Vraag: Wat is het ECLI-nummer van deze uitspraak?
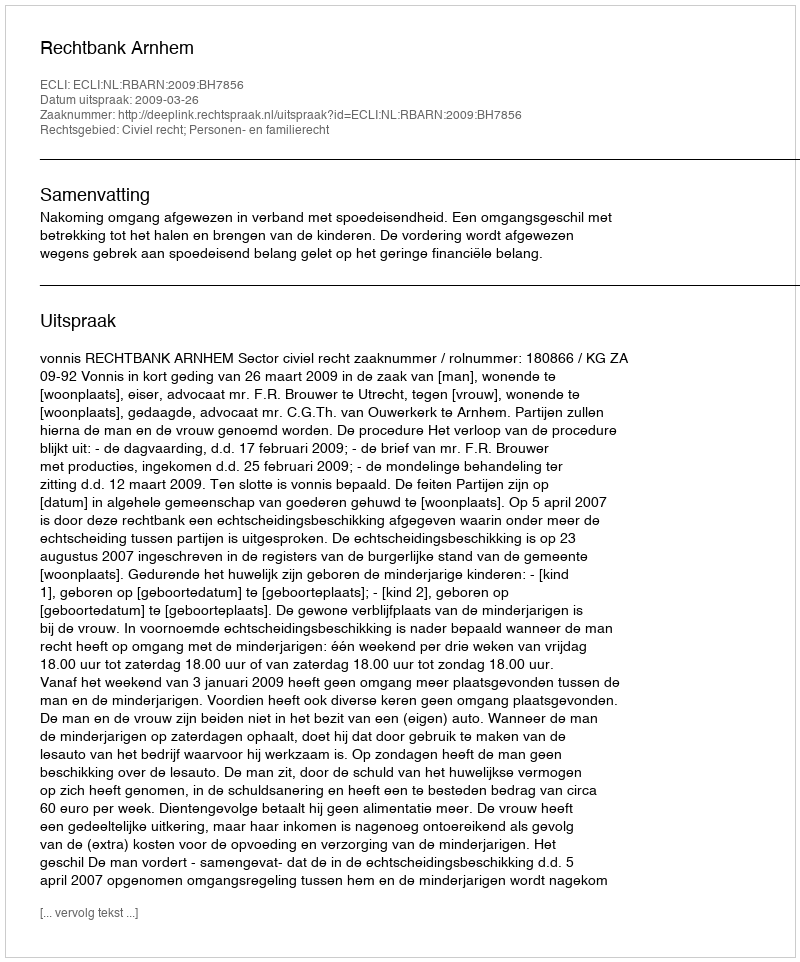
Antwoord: ECLI:NL:RBARN:2009:BH7856